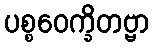
ပစ္စဝေက္ခိတဗ္ဗာ